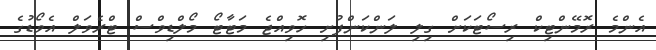
އެންމެ ރޮމޭންޓިކް ރިސޯޓަކަށް ގިލި ލަންކަންފުށި ހޮވިއްޖެ މަޓާޓޯ މޯލްޑިވްސް ޓްރެވަލް އެވޯޑުގެ